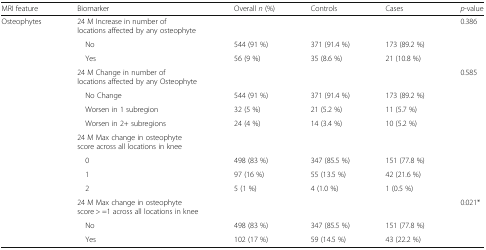
| MRI feature | Biomarker | Overall n (%) | Controls | Cases | p-value |
 | --- | --- | --- | --- | --- | --- |
 | <ROWSPAN=3> Osteophytes | 24 M Increase in number of locations affected by any osteophyte |  |  |  | 0.386 |
 | No | 544 (91 %) | 371 (91.4 %) | 173 (89.2 %) |  |
 | Yes | 56 (9 %) | 35 (8.6 %) | 21 (10.8 %) |  |
 | <ROWSPAN=4>  | 24 M Change in number of locations affected by any Osteophyte |  |  |  | 0.585 |
 | No Change | 544 (91 %) | 371 (91.4 %) | 173 (89.2 %) |  |
 | Worsen in 1 subregion | 32 (5 %) | 21 (5.2 %) | 11 (5.7 %) |  |
 | Worsen in 2+ subregions | 24 (4 %) | 14 (3.4 %) | 10 (5.2 %) |  |
 | <ROWSPAN=4>  | 24 M Max change in osteophyte score across all locations in knee |  |  |  |  |
 | 0 | 498 (83 %) | 347 (85.5 %) | 151 (77.8 %) |  |
 | 1 | 97 (16 %) | 55 (13.5 %) | 42 (21.6 %) |  |
 | 2 | 5 (1 %) | 4 (1.0 %) | 1 (0.5 %) |  |
 | <ROWSPAN=3>  | 24 M Max change in osteophyte score > =1 across all locations in knee |  |  |  | 0.021* |
 | No | 498 (83 %) | 347 (85.5 %) | 151 (77.8 %) |  |
 | Yes | 102 (17 %) | 59 (14.5 %) | 43 (22.2 %) |  |